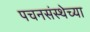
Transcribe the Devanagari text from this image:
पचनसंस्थेच्या